65_HS1-834228961_62-HQ-83894_Section_3
Agency: FBI
Page 111
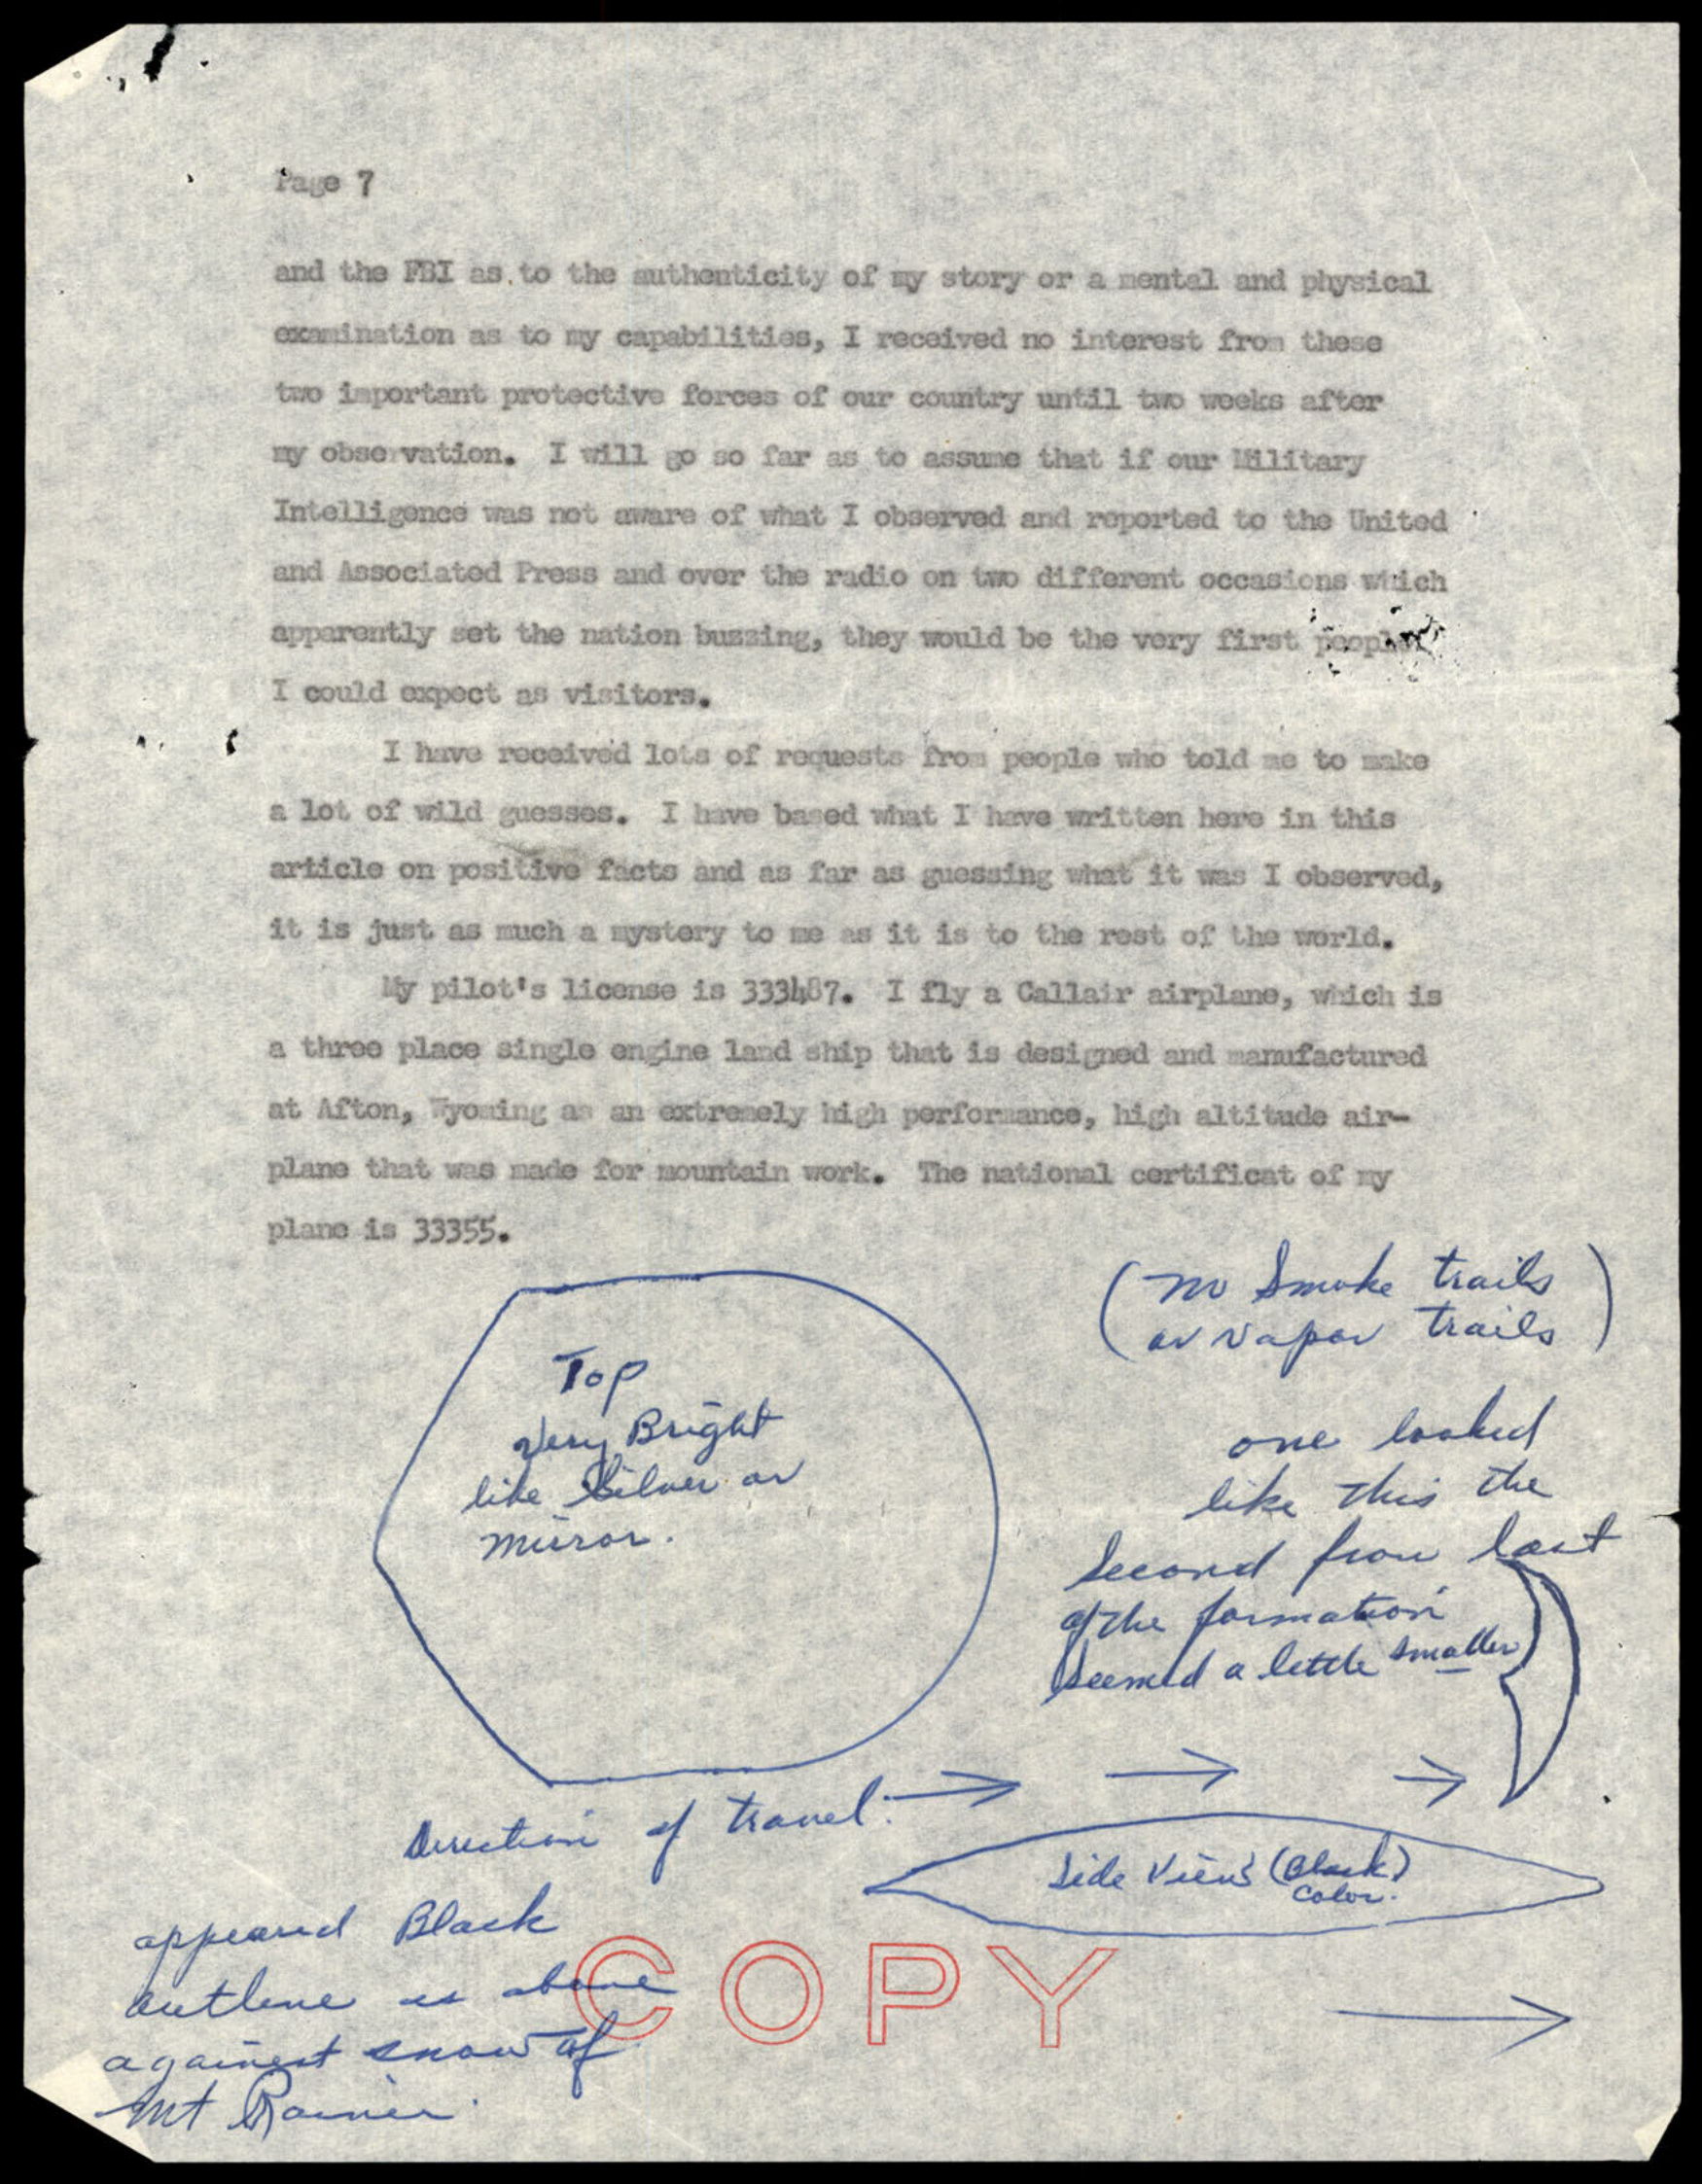